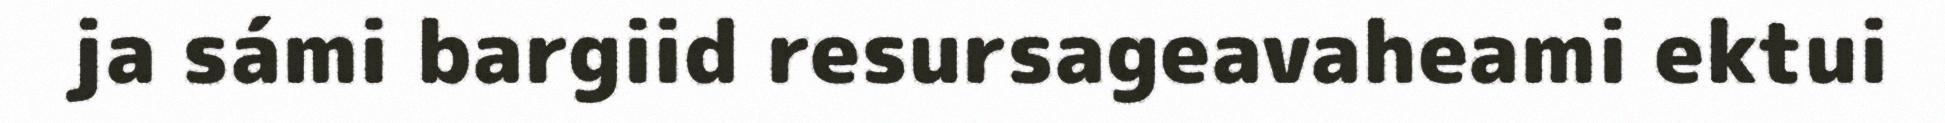
ja sámi bargiid resursageavaheami ektui